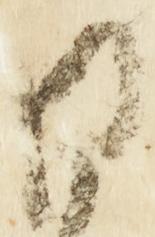
日